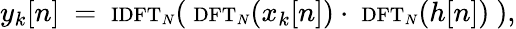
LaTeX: y_{k}[n]\ =\ \scriptstyle{\mathrm{IDFT}}_{N}\displaystyle(\ \scriptstyle{\mathrm{DFT}}_{N}\displaystyle(x_{k}[n])\cdot\ \scriptstyle{\mathrm{DFT}}_{N}\displaystyle(h[n])\ ),